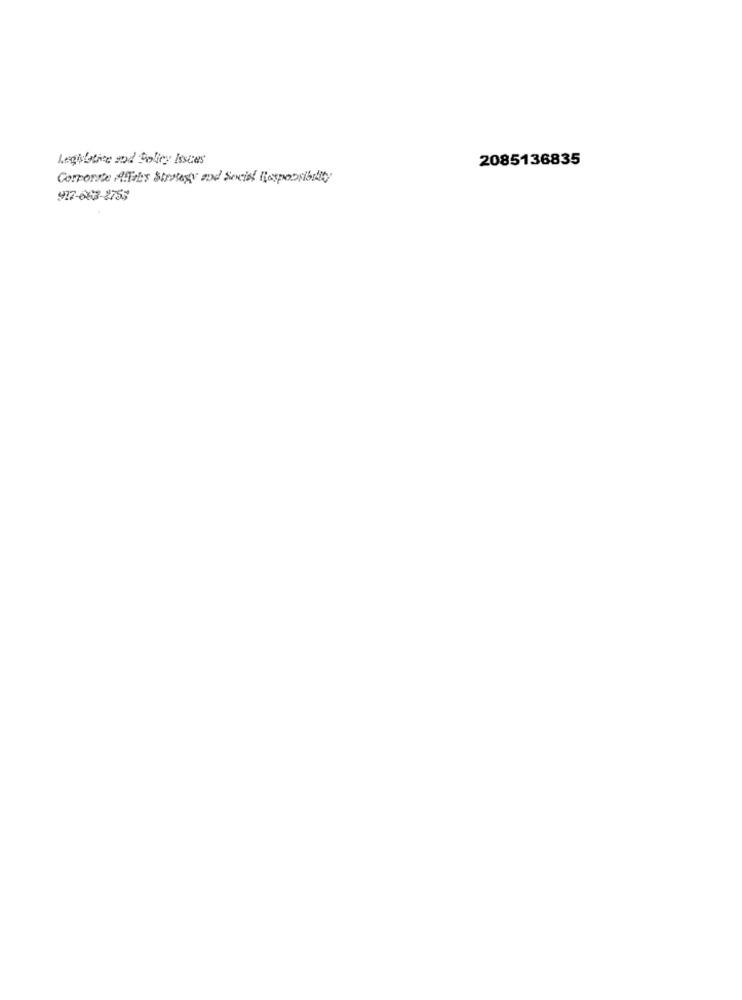
Legislative sod Policy Issues
2085136835
Corporate ATaby Strategy and Social Responsibility
917-663-2753